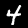
Digit: 4